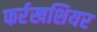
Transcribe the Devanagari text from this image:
फर्रखशियर